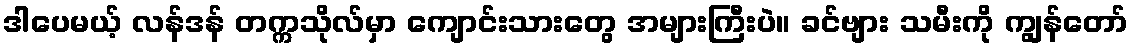
ဒါပေမယ့် လန်ဒန် တက္ကသိုလ်မှာ ကျောင်းသားတွေ အများကြီးပဲ။ ခင်ဗျား သမီးကို ကျွန်တော်